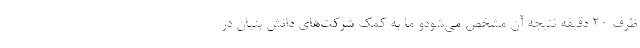
ظرف ۲۰ دقیقه نتیجه آن مشخص می‌شودو ما به کمک شرکت‌های دانش بنیان در